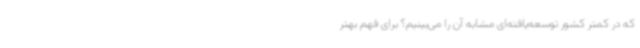
که در کمتر کشور توسعه‌یافته‌ای مشابه آن را می‌بینیم؟ برای فهم بهتر